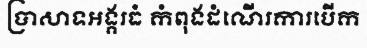
ប្រាសាទអង្គរធំ កំពុងដំណើរការបើក